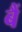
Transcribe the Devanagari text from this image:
बैं